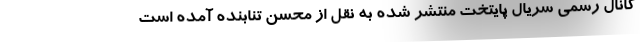
کانال رسمی سریال پایتخت منتشر شده به نقل از محسن تنابنده آمده است